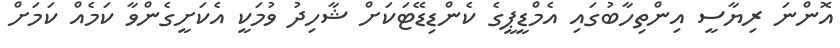
އޮންނަ ރިޔާސީ އިންތިހާބުގައި އެމްޑީޕީގެ ކެންޑިޑޭޓަކަށް ޝާހިދު ވުމަކީ އެކަށީގެންވާ ކަމެއް ކަމަށް